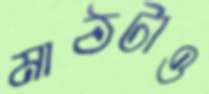
মাঠটাও